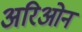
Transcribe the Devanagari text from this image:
अरिओन